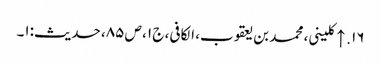
۱۶. ↑ کلینی، محمد بن یعقوب، الکافی، ج ۱، ص ۸۵، حدیث:۱۔